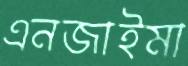
এনজাইমা